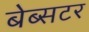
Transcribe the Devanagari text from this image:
बेब्सटर